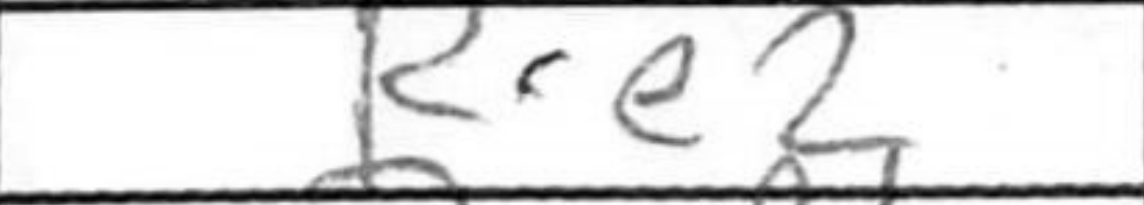
Transcription: Rxe2